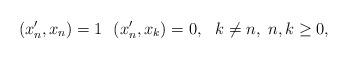
LaTeX: \begin{align*} (x'_n,x_n)=1 \ \ (x'_n,x_k)=0, \ \ k\neq n, \ n,k\geq 0,\end{align*}